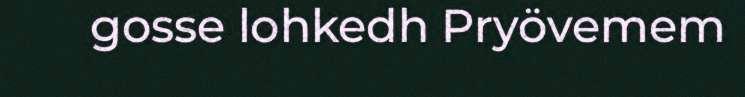
gosse lohkedh Pryövemem